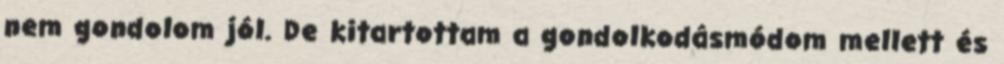
nem gondolom jól. De kitartottam a gondolkodásmódom mellett és